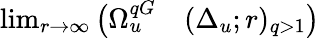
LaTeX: \begin{array}{rl}{\operatorname*{lim}_{r\to\infty}\big(\Omega_{u}^{qG}}&{{}(\Delta_{u};r)_{q>1}\big)}\end{array}